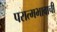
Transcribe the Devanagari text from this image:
परात्मभावाची